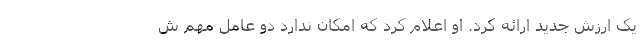
یک ارزش جدید ارائه کرد. او اعلام کرد که امکان ندارد دو عامل مهم ش